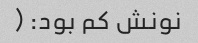
نونش کم بود: (